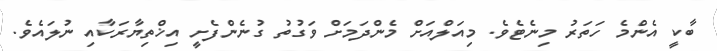
ބާކީ އެންމެ ހަތަރު މިނެޓެވެ. މިއަލްއަށް މެންދަމަށް ވަގުތު ގުނެންފެށީ އިޚްތިޔާރަކާއި ނުލައެވެ.